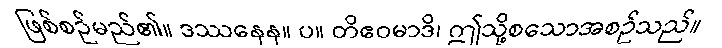
ဖြစ်စဉ်မည်၏။ ဒဿနေန။ ပ။ တိဧဝမာဒိ၊ ဤသို့စသောအစဉ်သည်။